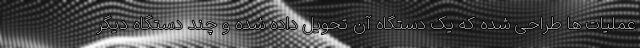
عملیات ها طراحی شده که یک دستگاه آن تحویل داده شده و چند دستگاه دیگر